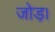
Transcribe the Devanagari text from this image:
जोड़।